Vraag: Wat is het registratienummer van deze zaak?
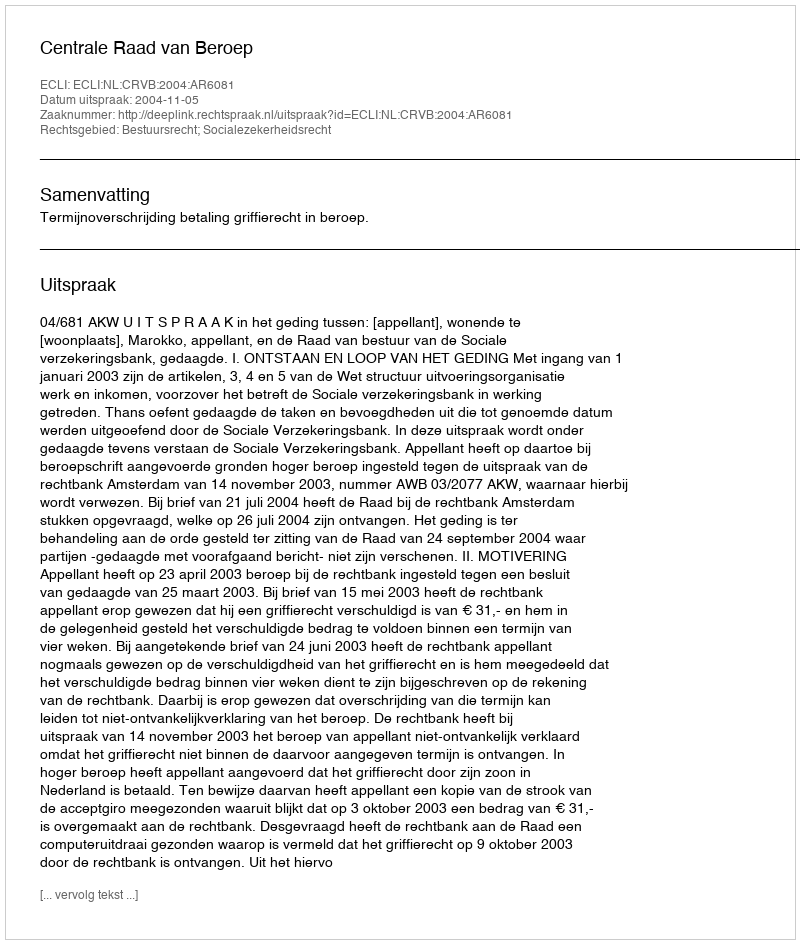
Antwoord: http://deeplink.rechtspraak.nl/uitspraak?id=ECLI:NL:CRVB:2004:AR6081